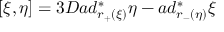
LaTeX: [ \xi , \eta ] = 3 D a d _ { r _ { + } ( \xi ) } ^ { \ast } \eta - a d _ { r _ { - } ( \eta ) } ^ { \ast } \xi